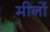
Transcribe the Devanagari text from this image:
मीनों